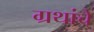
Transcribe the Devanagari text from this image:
ग्रथांचे